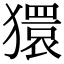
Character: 獧